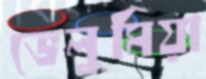
ভেলুমিয়া